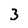
Character: 3